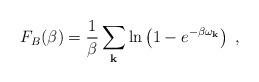
LaTeX: \begin{align*}F_{B}(\beta)=\frac{1}{\beta}\sum_{\bf k}\ln\left(1-e^{-\beta \omega_{\bf k}}\right)\;,\end{align*}